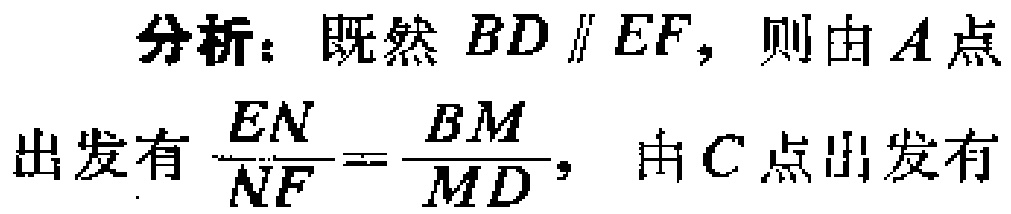
分析：既然 \(BD \parallel EF\)，则由 \(A\) 点出发有 \(\frac{EN}{NF}=\frac{BM}{MD}\)，由 \(C\) 点出发有